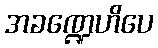
အခဏ္ဍေဟိပေ